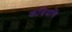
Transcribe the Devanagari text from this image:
कवियत्रि